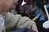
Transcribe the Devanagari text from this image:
फेरोहॉर्नब्लेण्ड